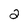
Character: 2